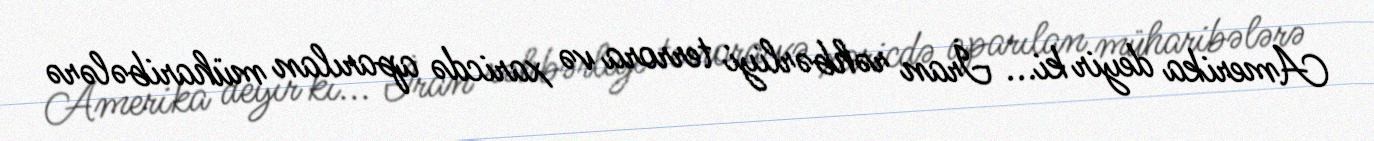
Amerika deyir ki... İran rəhbərliyi terrora və xaricdə aparılan müharibələrə